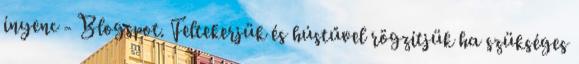
ínyenc - Blogspot. Feltekerjük és hústűvel rögzítjük ha szükséges